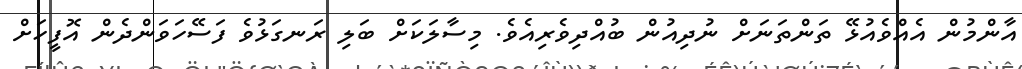
އާންމުން އެއްވެއުޅޭ ތަންތަނަށް ނުދިއުން ބުއްދިވެރިއެވެ. މިސާލަކަށް ބަލި ރަނގަޅުވެ ފަސޭހަވަންދެން އޮފީހަށް